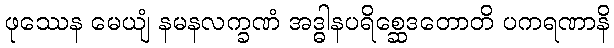
ဖုဿေန မေယျံ နမနလက္ခဏံ အဒ္ဓါနပရိစ္ဆေဒတောတိ ပကရဏာနိ